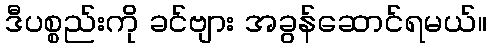
ဒီပစ္စည်းကို ခင်ဗျား အခွန်ဆောင်ရမယ်။